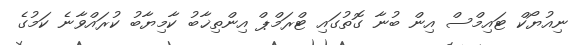
ނިއުޔޯކް ޓައިމްސް އިން ބުނާ ގޮތުގައި ޓްރަމްޕް އިންތިޚާބު ކާމިޔާބު ކުރައްވާނެ ކަމުގެ